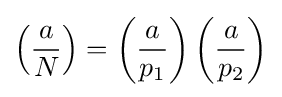
\left({\frac {a}{N}}\right)=\left({\frac {a}{p_{1}}}\right)\left({\frac {a}{p_{2}}}\right)